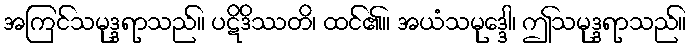
အကြင်သမုဒ္ဒရာသည်။ ပဋိဒိဿတိ၊ ထင်၏။ အယံသမုဒ္ဒေါ၊ ဤသမုဒ္ဒရာသည်။